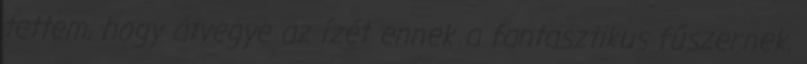
tettem, hogy átvegye az ízét ennek a fantasztikus fűszernek.